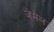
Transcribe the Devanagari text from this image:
जेमेल